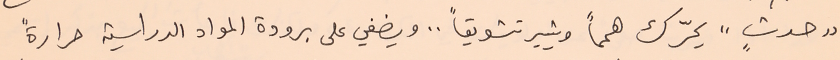
"حدثٍ" يحرّك همماً ويثير تشويقاً .. ويضفي على برودة المواد الدراسية حرارةً